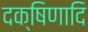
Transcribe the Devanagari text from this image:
दक्षिणादि